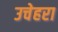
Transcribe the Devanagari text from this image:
उचेहरा